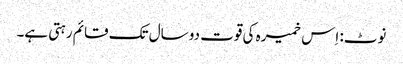
نوٹ: اِس خمیرہ کی قوت دو سال تک قائم رہتی ہے۔